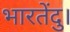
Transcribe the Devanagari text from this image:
भारतेंदु।